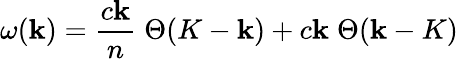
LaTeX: \omega(\mathbf{k})={\frac{{c\mathbf{k}}}{{n}}}\; \Theta(K-\mathbf{k})+c\mathbf{k}\; \Theta(\mathbf{k}-K)